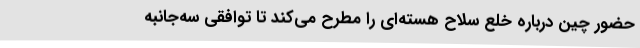
حضور چین درباره خلع سلاح هسته‌ای را مطرح می‌کند تا توافقی سه‌جانبه